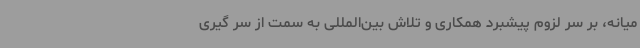
میانه، بر سر لزوم پیشبرد همکاری و تلاش بین‌المللی به سمت از سر گیری